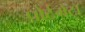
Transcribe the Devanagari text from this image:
पोर्टमेंटॉ